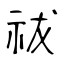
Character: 祓